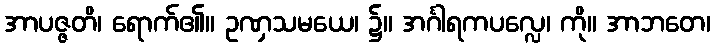
အာပဇ္ဇတိ၊ ရောက်၏။ ဥဏှသမယေ၊ ၌။ အင်္ဂါရကပလ္လေ၊ ကို။ အာဘတေ၊